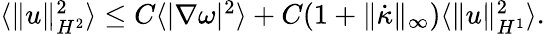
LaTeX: \begin{array}{r}{\langle\| u\| _{H^{2}}^{2}\rangle\leq C\langle|\nabla\omega|^{2}\rangle+C(1+\| \dot{\kappa}\| _{\infty})\langle\| u\| _{H^{1}}^{2}\rangle.}\end{array}